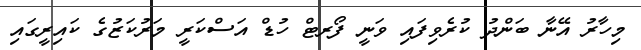
މިހާރު އޭނާ ބަންދު ކުރެވިފައި ވަނީ ފޯރޓް ހުޑް އަސްކަރީ މަރުކަޒުގެ ކައިރީގައި